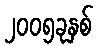
၂၀၀၅ခုနှစ်